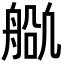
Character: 𬜕